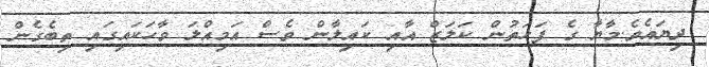
ދިޔައެވެ.މާޔާ ގެ ފަހަތުން ކަލަޒް އާއި ކައިލާން ވެސް އަމިއްލަ ވާހަކައިގައި ތިބެގެން